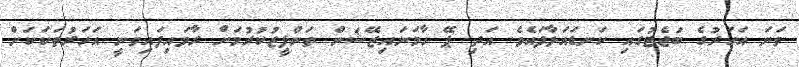
ވަނަ އަހަރުގެ ބަޖެޓުގައި ކަނޑައަޅާފައެވެ. އަދި ޕޭ ހާމަނައިޒޭޝަން ތަންފީޒުކުރުމަށް ރާވައިފައިވަނީ އަހަރުތަކަކަށް